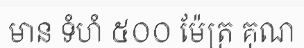
មាន ទំហំ ៥០០ ម៉ែត្រ គុណ